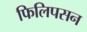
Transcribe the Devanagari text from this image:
फिलिपसन